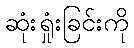
ဆုံးရှုံးခြင်းကို